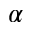
\alpha